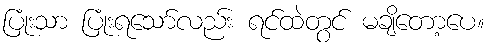
ပြုံးသာ ပြုံးရသော်လည်း ရင်ထဲတွင် မချိတော့ပေ။